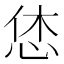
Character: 恷